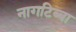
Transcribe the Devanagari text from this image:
नागटिब्बा